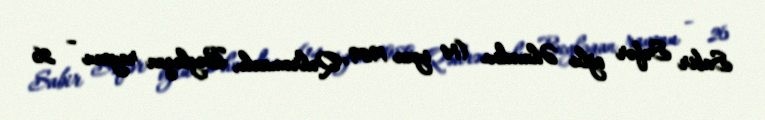
Sabir Səfər oğlu Əhmədov (14 iyun 1989, Qəhrəmanlı, Beyləqan rayonu – 26